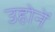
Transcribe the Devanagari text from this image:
उहोनें